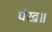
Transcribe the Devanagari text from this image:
पंख॥